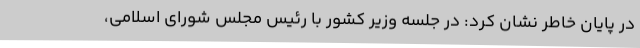
در پایان خاطر نشان کرد: در جلسه وزیر کشور با رئیس مجلس شورای اسلامی،